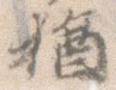
猶